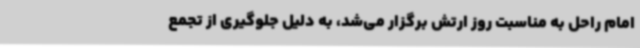
امام راحل به مناسبت روز ارتش برگزار می‌شد، به دلیل جلوگیری از تجمع